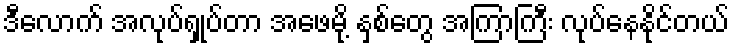
ဒီလောက် အလုပ်ရှုပ်တာ အဖေမို့ နှစ်တွေ အကြာကြီး လုပ်နေနိုင်တယ်